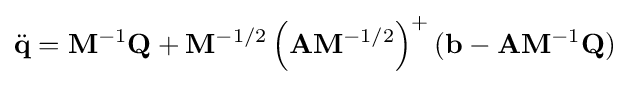
{\ddot {\mathbf {q} }}=\mathbf {M} ^{-1}\mathbf {Q} +\mathbf {M} ^{-1/2}\left(\mathbf {A} \mathbf {M} ^{-1/2}\right)^{+}(\mathbf {b} -\mathbf {A} \mathbf {M} ^{-1}\mathbf {Q} )